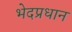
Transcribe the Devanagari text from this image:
भेदप्रधान